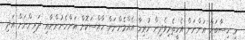
މި ހިސާބަށް އަންނަން އެހީތެރިވެދިން ހުރިހާ އެއްމެންނަށް ހާއްސަކޮށް އަންހެނުންނާއި ދަރިންނަށް އަދި